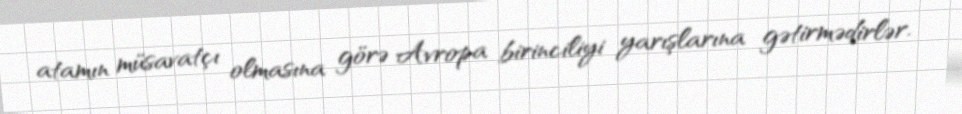
atamın müsavatçı olmasına görə Avropa birinciliyi yarışlarına gətirmədirlər.